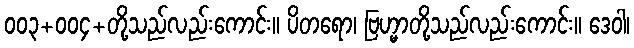
၀၀၃+၀၀၄+တို့သည်လည်းကောင်း။ ပိတရော၊ ဗြဟ္မာတို့သည်လည်းကောင်း။ ဒေဝါ၊